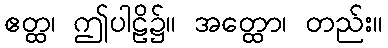
ဧတ္ထ၊ ဤပါဠိ၌။ အတ္ထော၊ တည်း။